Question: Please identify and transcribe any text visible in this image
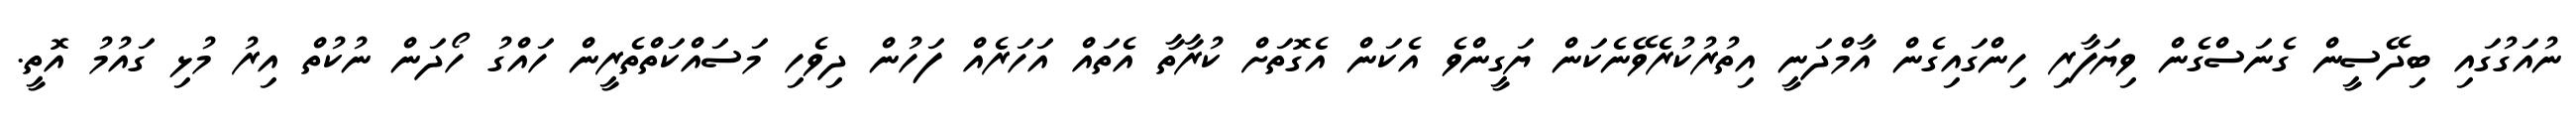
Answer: ނުއަގުގައި ބިދޭސީން ގެނަސްގެން ވިޔަފާރި ހިންގައިގެން އާމްދަނީ އިތުރުކުރެވޭނެކަން ޔަގީންވެ އެކަން އެގޮތަށް ކުރާތާ އެތައް އަހަރެއް ފަހުން ދިވެހި މަސައްކަތްތެރީން ހައްގު ހޯދަން ނުކުތް އިރު މުޅި ގައުމު އޮތީ.